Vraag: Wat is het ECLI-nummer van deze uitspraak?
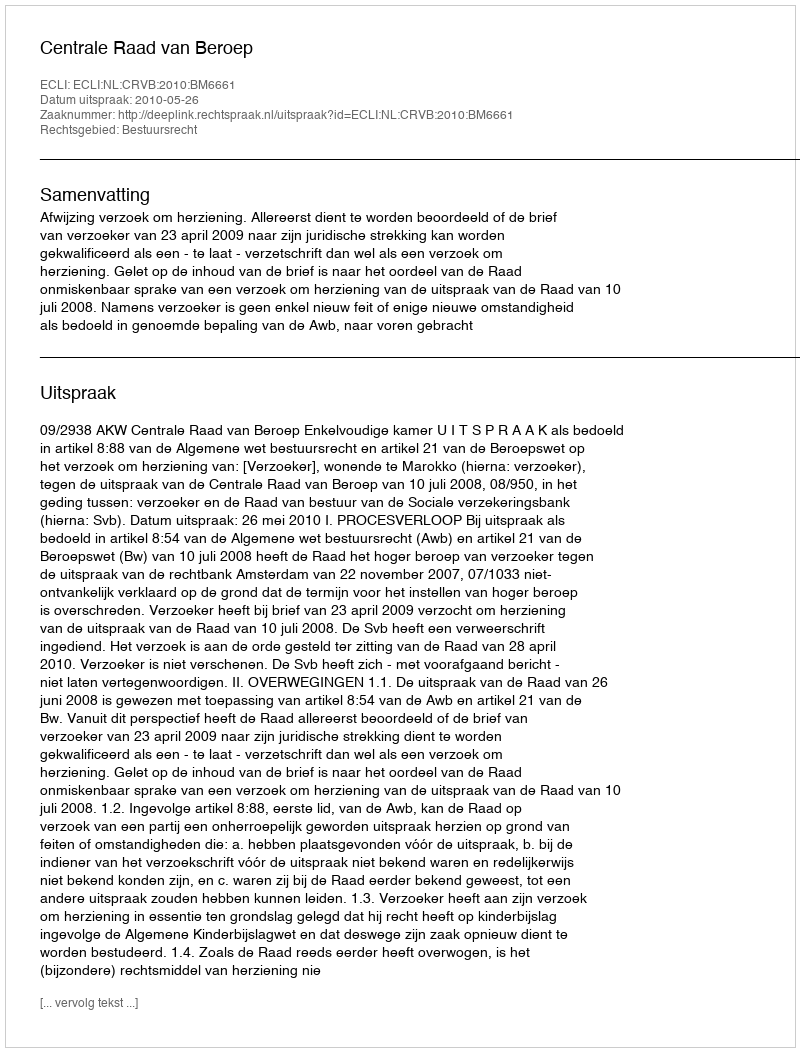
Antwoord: ECLI:NL:CRVB:2010:BM6661